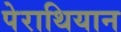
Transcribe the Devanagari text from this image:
पेराथियान